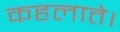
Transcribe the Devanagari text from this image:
कहलाते।